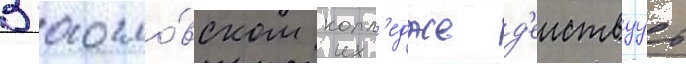
В богосло́вском колл'едже д'еиствуут